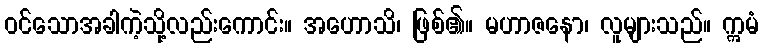
ဝင်သောအခါကဲ့သို့လည်းကောင်း။ အဟောသိ၊ ဖြစ်၏။ မဟာဇနော၊ လူများသည်။ ဣမံ